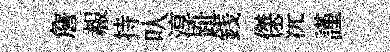
詹赧持㕥淳趾銭傑沅謹